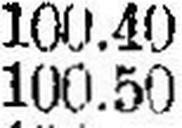
10.50